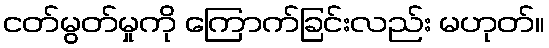
ငတ်မွတ်မှုကို ကြောက်ခြင်းလည်း မဟုတ်။